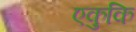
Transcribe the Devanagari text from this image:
एकुकि